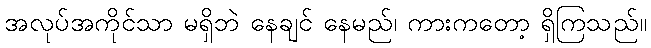
အလုပ်အကိုင်သာ မရှိဘဲ နေချင် နေမည်၊ ကားကတော့ ရှိကြသည်။